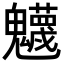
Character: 𩴾